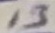
Text: 13